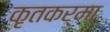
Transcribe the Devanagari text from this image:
कृतकर्मा